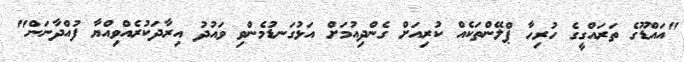
"އައްޑޫގެ ތަރައްގީގެ ހުރިހާ ޕްލޭންތަކެއް ކުރިއަށް ގެންދިއުމަށް އަޅުގަނޑުމެންވި ވައުދު އިރާދަކުރެއްވިއްްޔާ ފުއްދާނަން"